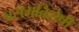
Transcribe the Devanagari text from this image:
प्रसंगविशेषीं